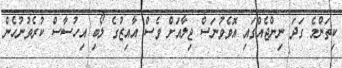
ކިތަންމެ ގަދަ ނިންޖެއްގައި އޮވެވުނަސް ޖިލާއަށް ވެސް އާއިޒުގެ ލޯބި އިހުސާސް ކުރެވުނުހެން